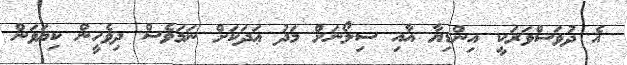
އެ ދުވަސްވަރަކީ އިންޑިޔާ އާއި ސިލޯނަށް މަދު ޢަދަކަށް ނަމަވެސް ދިވެހީން ކިޔަވަން